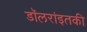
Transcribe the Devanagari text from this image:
डॉलरांइतकी